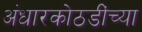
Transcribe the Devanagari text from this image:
अंधारकोठडींच्या